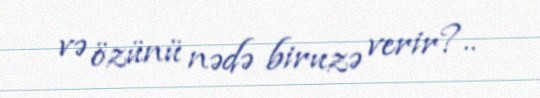
və özünü nədə biruzə verir?..